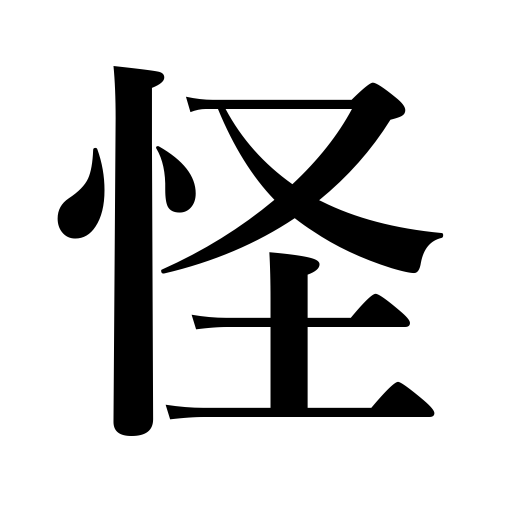
Meanings: mysterious,strange,apparition,be suspicious of,undependable,mystery,wonder at,doubt